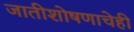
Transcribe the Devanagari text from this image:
जातीशोषणाचेही